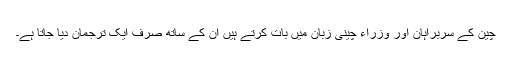
چین کے سربراہان اور وزراء چینی زبان میں بات کرتے ہیں ان کے ساتھ صرف ایک ترجمان دیا جاتا ہے۔